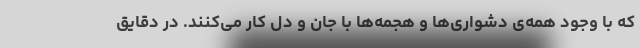
که با وجود همه‌ی دشواری‌ها و هجمه‌ها با جان و دل کار می‌کنند. در دقایق